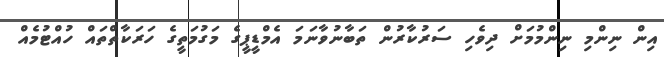
އިން ނިންމި ނިންމުމަށް ދިވެހި ސަރުކާރުން ތަބާނުވާނަމަ އެމްޑީޕީގެ މަގުމަތީގެ ހަރަކާތްތައް ހުއްޓުމެއް